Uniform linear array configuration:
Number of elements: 64
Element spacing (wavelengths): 0.75
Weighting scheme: kaiser
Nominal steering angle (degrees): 30
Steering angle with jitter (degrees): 29.057
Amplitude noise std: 0.05
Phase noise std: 0.05

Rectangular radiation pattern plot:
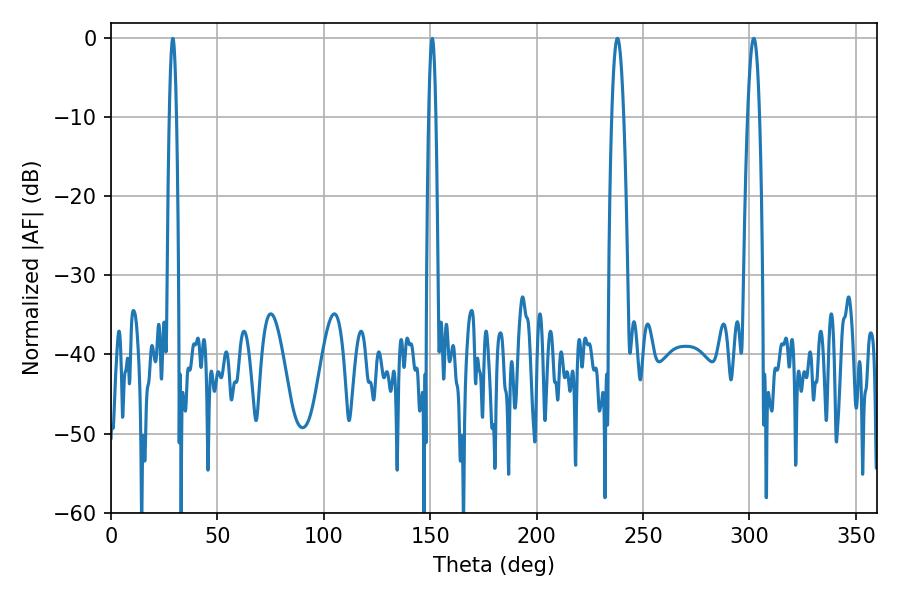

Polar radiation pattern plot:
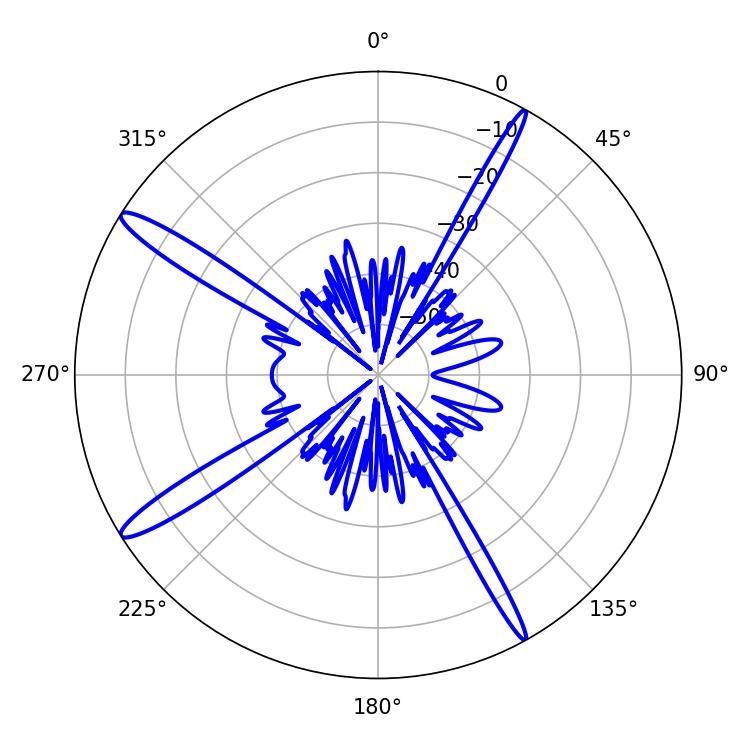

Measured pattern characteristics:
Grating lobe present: TRUE
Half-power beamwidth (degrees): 3.06
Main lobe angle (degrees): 237.96